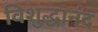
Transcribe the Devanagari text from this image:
विशुद्धानंद